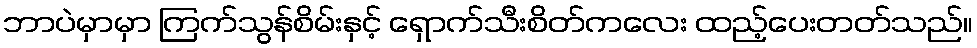
ဘာပဲမှာမှာ ကြက်သွန်စိမ်းနှင့် ရှောက်သီးစိတ်ကလေး ထည့်ပေးတတ်သည်။